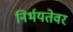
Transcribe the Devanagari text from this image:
निर्भयतेवर